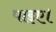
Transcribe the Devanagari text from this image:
पाइए।